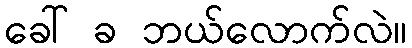
ခေါ် ခ ဘယ်လောက်လဲ။